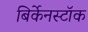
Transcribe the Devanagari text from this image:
बिर्केनस्टॉक